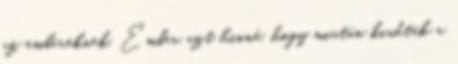
az embereknek. Ember azt hinné, hogy miután kiadták a